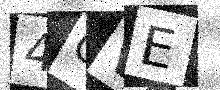
Text: 4CVE